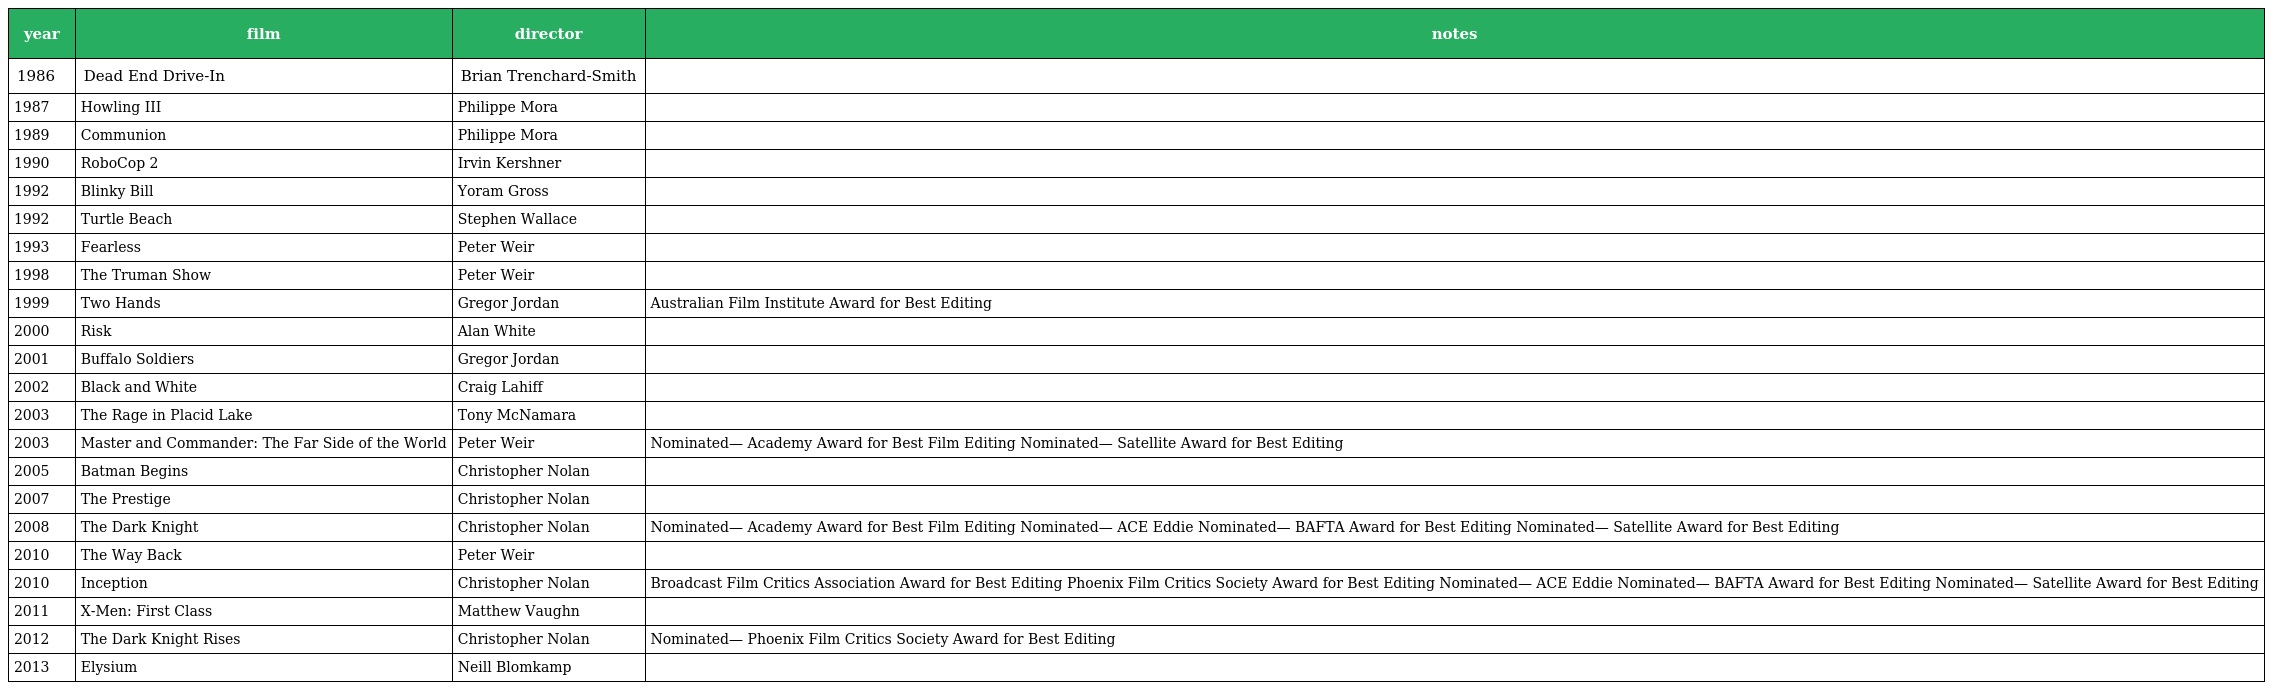
| year | film | director | notes |
 | --- | --- | --- | --- |
 | 1986 | Dead End Drive-In | Brian Trenchard-Smith |  |
 | 1987 | Howling III | Philippe Mora |  |
 | 1989 | Communion | Philippe Mora |  |
 | 1990 | RoboCop 2 | Irvin Kershner |  |
 | 1992 | Blinky Bill | Yoram Gross |  |
 | 1992 | Turtle Beach | Stephen Wallace |  |
 | 1993 | Fearless | Peter Weir |  |
 | 1998 | The Truman Show | Peter Weir |  |
 | 1999 | Two Hands | Gregor Jordan | Australian Film Institute Award for Best Editing |
 | 2000 | Risk | Alan White |  |
 | 2001 | Buffalo Soldiers | Gregor Jordan |  |
 | 2002 | Black and White | Craig Lahiff |  |
 | 2003 | The Rage in Placid Lake | Tony McNamara |  |
 | 2003 | Master and Commander: The Far Side of the World | Peter Weir | Nominated— Academy Award for Best Film Editing Nominated— Satellite Award for Best Editing |
 | 2005 | Batman Begins | Christopher Nolan |  |
 | 2007 | The Prestige | Christopher Nolan |  |
 | 2008 | The Dark Knight | Christopher Nolan | Nominated— Academy Award for Best Film Editing Nominated— ACE Eddie Nominated— BAFTA Award for Best Editing Nominated— Satellite Award for Best Editing |
 | 2010 | The Way Back | Peter Weir |  |
 | 2010 | Inception | Christopher Nolan | Broadcast Film Critics Association Award for Best Editing Phoenix Film Critics Society Award for Best Editing Nominated— ACE Eddie Nominated— BAFTA Award for Best Editing Nominated— Satellite Award for Best Editing |
 | 2011 | X-Men: First Class | Matthew Vaughn |  |
 | 2012 | The Dark Knight Rises | Christopher Nolan | Nominated— Phoenix Film Critics Society Award for Best Editing |
 | 2013 | Elysium | Neill Blomkamp |  |